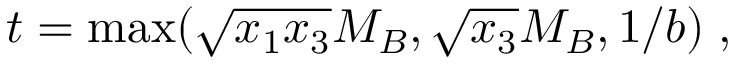
t = \operatorname * { m a x } ( \sqrt { x _ { 1 } x _ { 3 } } M _ { B } , \sqrt { x _ { 3 } } M _ { B } , 1 / b ) \; ,